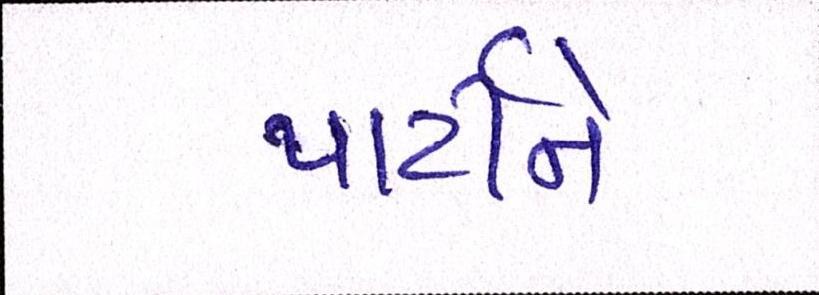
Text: પાર્ટીને